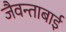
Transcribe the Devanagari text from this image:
जैवन्ताबाई